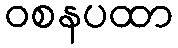
ဝစနပထာ